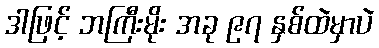
ဒါဖြင့် ဘကြီးမိုး အခု ၉၇ နှစ်ထဲမှာပဲ